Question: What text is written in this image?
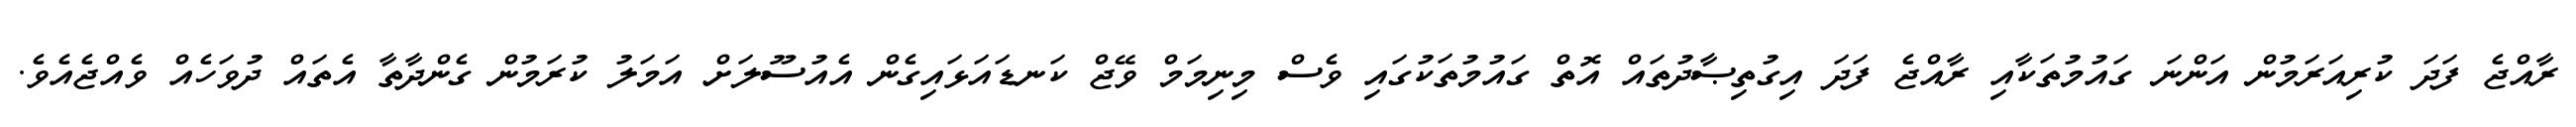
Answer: ރާއްޖެ ފަދަ ކުރިއަރަމުން އަންނަ ގައުމުތަކާއި ރާއްޖެ ފަދަ އިގުތިޞާދުތައް އޮތް ގައުމުތަކުގައި ވެސް މިނިމަމް ވޭޖް ކަނޑައަޅައިގެން އެއުސޫލަށް އަމަލު ކުރަމުން ގެންދާތާ އެތައް ދުވަހެއް ވެއްޖެއެވެ.